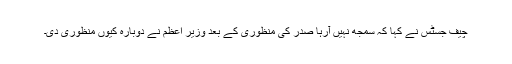
چیف جسٹس نے کہا کہ سمجھ نہیں آرہا صدر کی منظوری کے بعد وزیر اعظم نے دوبارہ کیوں منظوری دی۔